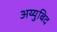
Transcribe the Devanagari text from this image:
अय्युबिद